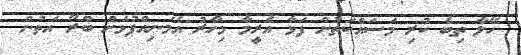
ހޭލާ ތިބެ ކުރި މަސައްކަތުން ފަޅާ އެރީމާ މިހާރު އެމަނިއްޕުޅަށް ބްރޯ އަތުން